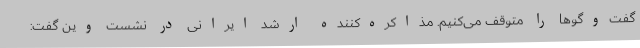
گفت‌وگوها را متوقف می‌کنیم. مذاکره‌کننده ارشد ایرانی در نشست وین گفت: